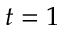
t = 1